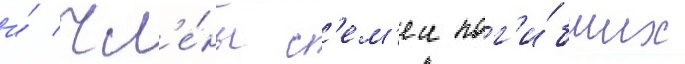
и́ чл'е́ны с'ем'еи пог'и́бших